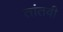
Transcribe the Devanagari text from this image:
तांतवी